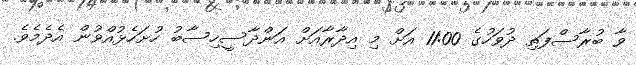
ވާ ބުރާސްފަތި ދުވަހުގެ 11:00 އަށް މި އިދާރާއަށް އަންދާސީހިސާބު ހުށަހެޅުއްވުން އެދެމެވެ.